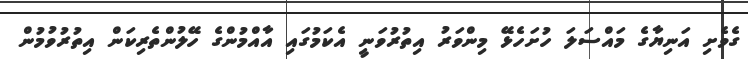
ގެވެށި އަނިޔާގެ މައްސަލަ ހުށަހެޅޭ މިންވަރު އިތުރުވަނީ އެކަމުގައި އާއްމުންގެ ހޭލުންތެރިކަން އިތުރުވުމުން